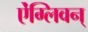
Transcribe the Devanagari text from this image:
ऐंग्लिवन्